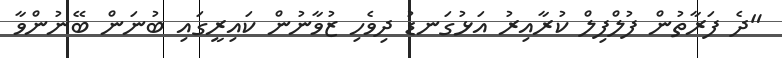
"ދެ ފަރާތުން ފުލްފިލް ކުރާއިރު އަޅުގަނޑު ދިވެހި ޒުވާނުން ކައިރީގައި ބުނަން ބޭނުންވާ